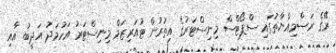
ރޭގެ ރަސްމިއްޔާތުގައި ސްޕޯޓްސް މިނިސްޓަރުގެ އިތުރުން ޓުއަރިޒަމް މިނިސްޓަރު އަހުމަދު އަދީބު އާއި